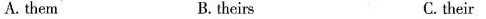
A.them B.theirs C.their